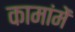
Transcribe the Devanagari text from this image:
कामांमें